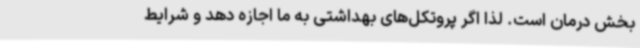
بخش درمان است. لذا اگر پروتکل‌های بهداشتی به ما اجازه دهد و شرایط